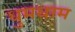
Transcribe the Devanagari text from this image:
धुमधाम